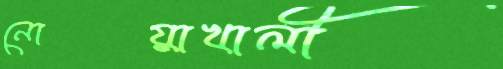
নোয়াখালী